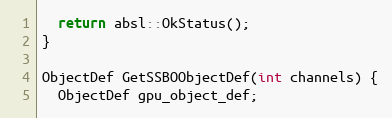
Language: C++
  return absl::OkStatus();
}

ObjectDef GetSSBOObjectDef(int channels) {
  ObjectDef gpu_object_def;